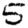
Digit: 5